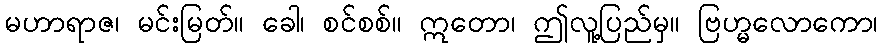
မဟာရာဇ၊ မင်းမြတ်။ ခေါ၊ စင်စစ်။ ဣတော၊ ဤလူ့ပြည်မှ။ ဗြဟ္မလောကော၊